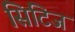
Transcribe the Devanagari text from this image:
सिटिज